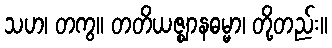
သဟ၊ တကွ။ တတိယဇ္ဈာနဓမ္မာ၊ တို့တည်း။